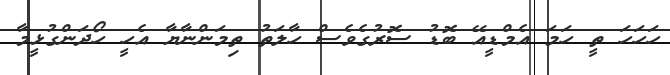
ހަހަހަ ތީ ހަމަ އެމްޑީއޭ ބޮޑު ސޮރުގެވެސް ހާލަތު ތިމަންނާޔާ އެހީ ހޯދަންގުޅީމާ